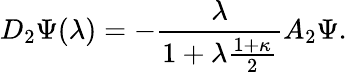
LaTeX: D_{2}\Psi(\lambda)=-\frac{\lambda}{1+\lambda\frac{1+\kappa}{2}}A_{2}\Psi.